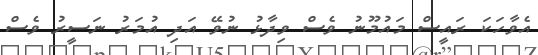
އެވާހަކަ ރައީސް މައުމޫނު ވެސް ވިދާޅު ނުވޭ އަދި އުމަރު ނަސީރު ވެސް